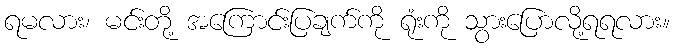
ရမလား၊ မင်းတို့ အကြောင်းပြချက်ကို ရုံးကို သွားပြောလို့ရရလား။